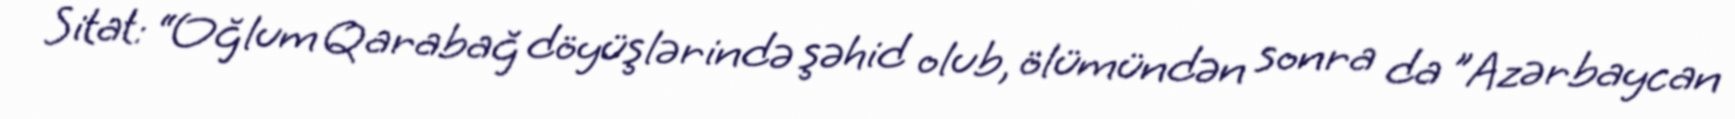
Sitat: “Oğlum Qarabağ döyüşlərində şəhid olub, ölümündən sonra da ”Azərbaycan